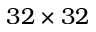
3 2 \times 3 2